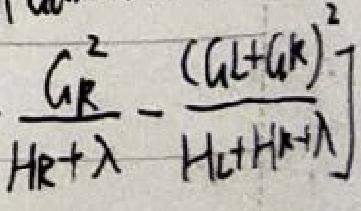
\[ \frac{G_{R}^{2}}{H_{R}+\lambda}-\frac{(G_{L}+G_{R})^{2}}{H_{L}+H_{R}+\lambda} \]